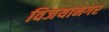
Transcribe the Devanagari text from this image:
विजयानगर